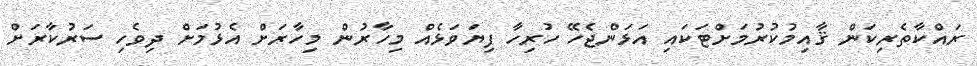
ރައްކާތެރިކަން ޤާއިމުކުރުމަށްޓަކައި އަޅަންޖެހޭ ހުރިހާ ފިޔަވަޅެއް މިހާރުން މިހާރަށް އެޅުމަށް ދިވެހި ސަރުކާރަށް